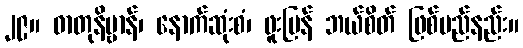
၂၉။ ဓာတုနိဗ္ဗာန်၊ နောက်ဆုံးစံ၊ ဖူးပြန် ဘယ်စိတ် ဖြစ်မည်နည်း။